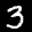
Label: 3